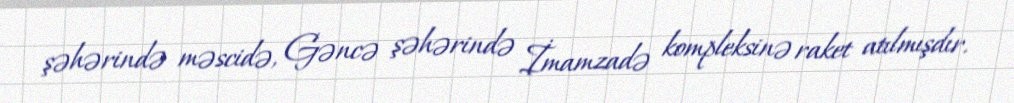
şəhərində məscidə, Gəncə şəhərində İmamzadə kompleksinə raket atılmışdır.